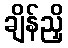
ချိန်ညှိ